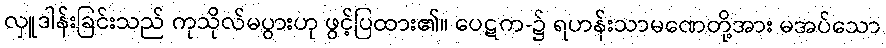
လှူဒါန်းခြင်းသည် ကုသိုလ်မပွားဟု ဖွင့်ပြထား၏။ ပေဋက-၌ ရဟန်းသာမဏေတို့အား မအပ်သော